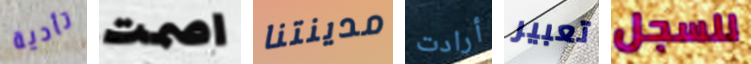
تأدية اصمت مدينتنا أرادت تعبير للسجل